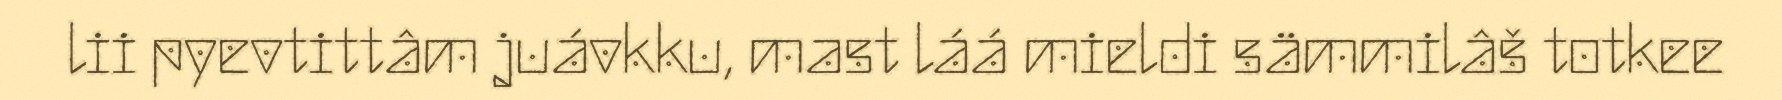
lii pyevtittâm juávkku, mast láá mieldi sämmilâš totkee